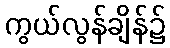
ကွယ်လွန်ချိန်၌